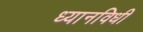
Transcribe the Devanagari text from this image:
ध्यानविधी